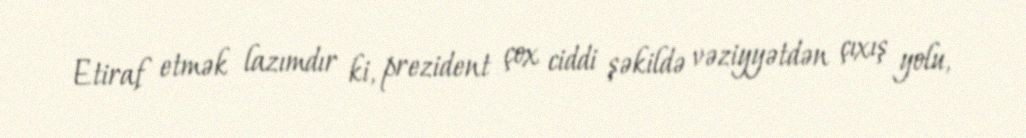
Etiraf etmək lazımdır ki, prezident çox ciddi şəkildə vəziyyətdən çıxış yolu,